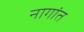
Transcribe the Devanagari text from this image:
नागांत